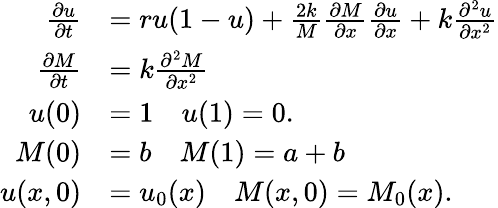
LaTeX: \begin{array}{rl}{\frac{\partial u}{\partial t}}&{=ru(1-u)+\frac{2k}{M}\frac{\partial M}{\partial x}\frac{\partial u}{\partial x}+k\frac{\partial^{2}u}{\partial x^{2}}}\\ {\frac{\partial M}{\partial t}}&{=k\frac{\partial^{2}M}{\partial x^{2}}}\\ {u(0)}&{=1\quad u(1)=0.}\\ {M(0)}&{=b\quad M(1)=a+b}\\ {u(x,0)}&{=u_{0}(x)\quad M(x,0)=M_{0}(x).}\end{array}